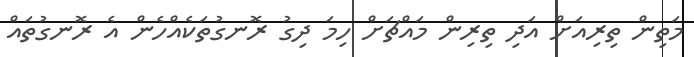
މަތިން ތިރިއަށް އަދި ތިރިން މައްޗަށް ހިމަ ދިގު ރޮނގުތަކެއްހެން އެ ރޮނގުތައް